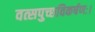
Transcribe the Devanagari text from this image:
वत्सपुच्छविकर्षणः।